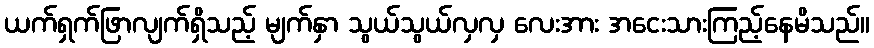
ယက်ရှက်ဖြာလျက်ရှိသည့် မျက်နှာ သွယ်သွယ်လှလှ လေးအား အငေးသားကြည့်နေမိသည်။